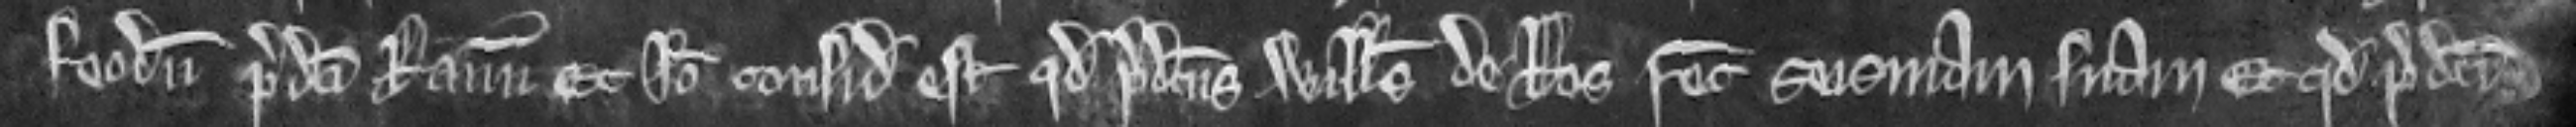
feodum predicti Ranulfi. Et ideo consideratum est quod predictus Willelmus de Ros recuperet seisinam suam et quod predicti